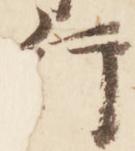
行